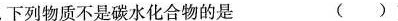
4.下列物质不是碳水化合物的是 ( )